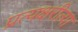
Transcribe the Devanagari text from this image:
प्रत्यक्षरीत्या